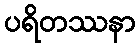
ပရိတဿနာ